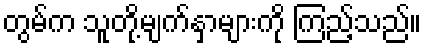
တွမ်က သူတို့မျက်နှာများကို ကြည့်သည်။